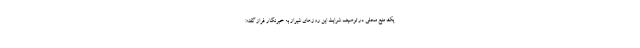
یک منبع محلی در توصیف شرایط این روزهای شیراز به خبرنگار فراز گفته: